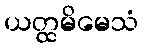
ယတ္ထမိမေသံ